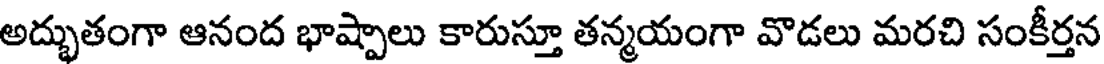
అద్భుతంగా ఆనంద భాష్పాలు కారుస్తూ తన్మయంగా వొడలు మరచి సంకీర్తన